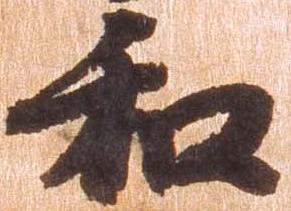
和